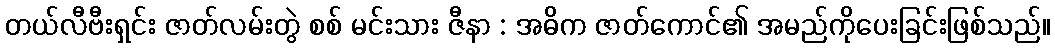
တယ်လီဗီးရှင်း ဇာတ်လမ်းတွဲ စစ် မင်းသား ဇီနာ : အဓိက ဇာတ်ကောင်၏ အမည်ကိုပေးခြင်းဖြစ်သည်။